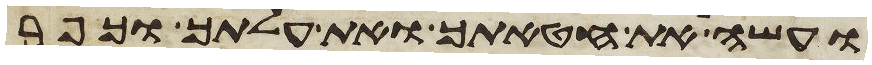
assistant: ועשה את חטאתך ואת עלתך וכפר